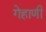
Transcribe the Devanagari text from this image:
गेहाणी